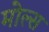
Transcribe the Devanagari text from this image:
मोल्स